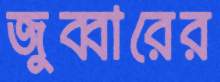
জুব্বারের